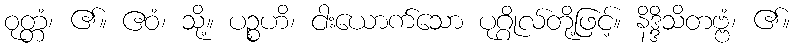
ဝုတ္တံ၊ ၏။ ဧဝံ၊ သို့။ ပဉ္စဟိ၊ ငါးယောက်သော ပုဂ္ဂိုလ်တို့ဖြင့်။ နိဒ္ဒိသိတဗ္ဗံ၊ ၏။